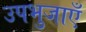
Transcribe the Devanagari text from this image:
उपभुजाएँ